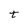
Character: t